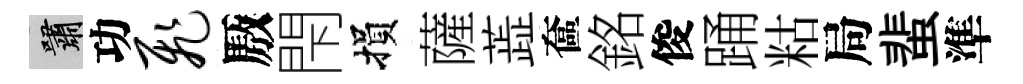
嘯功飞厫閇損薩蕋奩銘俊踊䊀局蜚準